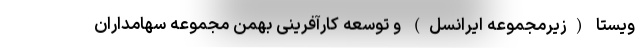
ویستا (زیرمجموعه ایرانسل) و توسعه کارآفرینی بهمن مجموعه سهامداران